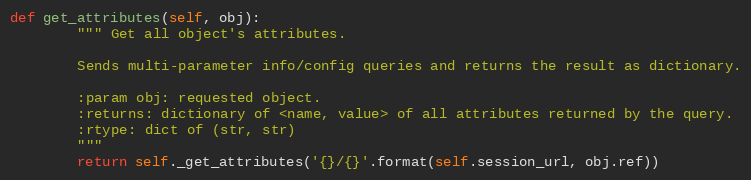
Language: Python
def get_attributes(self, obj):
        """ Get all object's attributes.

        Sends multi-parameter info/config queries and returns the result as dictionary.

        :param obj: requested object.
        :returns: dictionary of <name, value> of all attributes returned by the query.
        :rtype: dict of (str, str)
        """
        return self._get_attributes('{}/{}'.format(self.session_url, obj.ref))